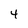
Character: 4